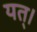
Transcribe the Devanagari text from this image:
यत्।